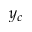
y _ { c }